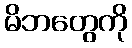
မိဘတွေကို